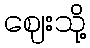
ဈေးသို့